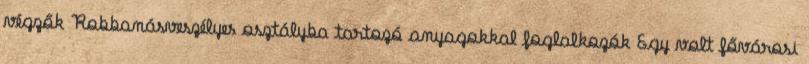
végzők Robbanásveszélyes osztályba tartozó anyagokkal foglalkozók Egy volt fővárosi